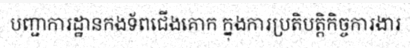
បញ្ជាការដ្ឋានកងទ័ពជើងគោក ក្នុងការប្រតិបត្តិកិច្ចការងារ